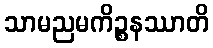
သာမညမကိဉ္စနဿာတိ